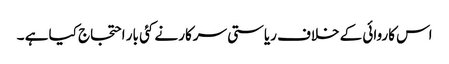
اس کاروائی کے خلاف ریاستی سرکار نے کئی بار احتجاج کیا ہے ۔